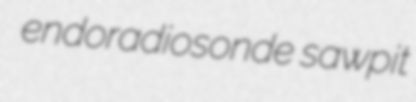
endoradiosonde sawpit